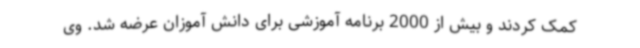
کمک کردند و بیش از 2000 برنامه آموزشی برای دانش آموزان عرضه شد. وی